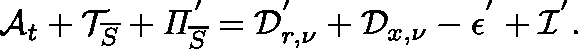
\mathcal { A } _ { t } + \mathcal { T } _ { \overline { { S } } } + \mathit { \Pi } _ { \overline { { S } } } ^ { ' } = \mathcal { D } _ { r , \nu } ^ { ' } + \mathcal { D } _ { x , \nu } - \mathcal { \epsilon } ^ { ' } + \mathcal { I } ^ { ' } .